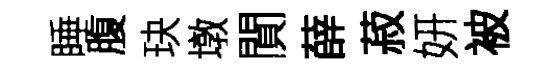
睡腹玦墩閴薛菽妍被